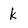
Character: k